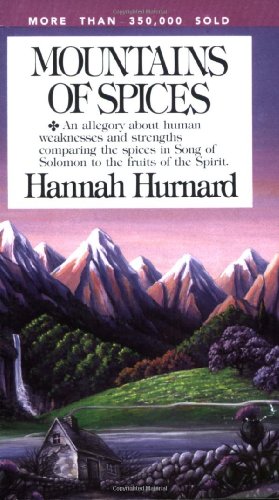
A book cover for Mountains of Spices; Hannah Hurnard; Christian Books & Bibles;